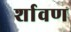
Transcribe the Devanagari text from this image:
र्शावण